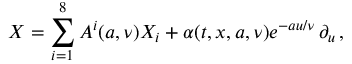
X = \sum _ { i = 1 } ^ { 8 } A ^ { i } ( a , \nu ) X _ { i } + \alpha ( t , x , a , { \nu } ) e ^ { - a u / \nu } \, \partial _ { u } \, ,